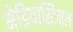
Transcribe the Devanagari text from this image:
मेडियास्टिनल